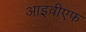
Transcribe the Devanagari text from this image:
आइवीएफ